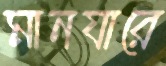
মানযারে